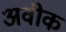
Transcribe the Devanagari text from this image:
अवीक